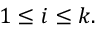
1 \leq i \leq k .